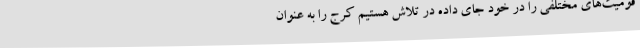
قومیت‌های مختلفی را در خود جای داده در تلاش هستیم کرج را به عنوان